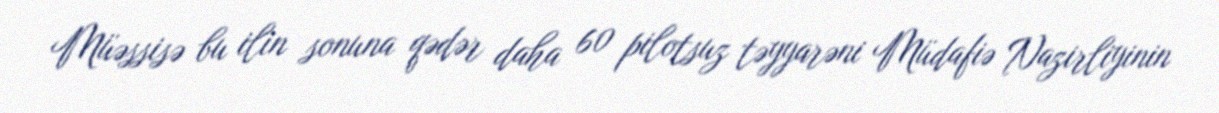
Müəssisə bu ilin sonuna qədər daha 60 pilotsuz təyyarəni Müdafiə Nazirliyinin